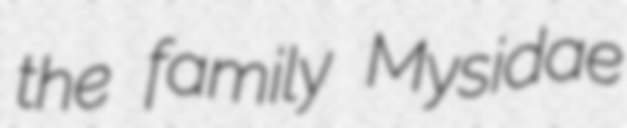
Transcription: the family Mysidae